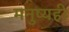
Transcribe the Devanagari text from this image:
मनुष्यही